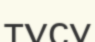
тұсу